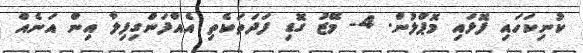
ކުނިކަހައި ފޮޅައި މޮޕްލުން. 4- މޭޒު ގޮޑި ފަދަތަކެތި އެއްފަންގިފިލާ އިން އަނެއް